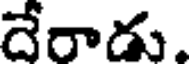
దేరాడు.